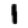
Digit: 1